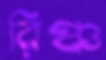
রিঞ্চ